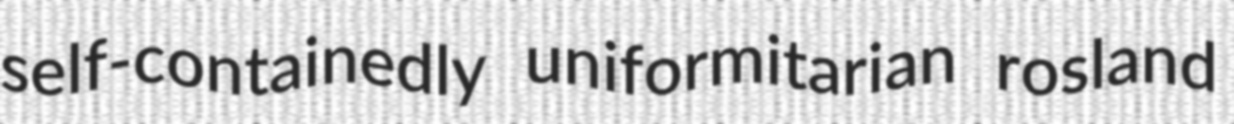
self-containedly uniformitarian rosland